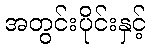
အတွင်းပိုင်းနှင့်